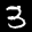
Label: 3